Senior Leaving Certificate Examination (including Day School Certificate (Higher) General paper), 1946
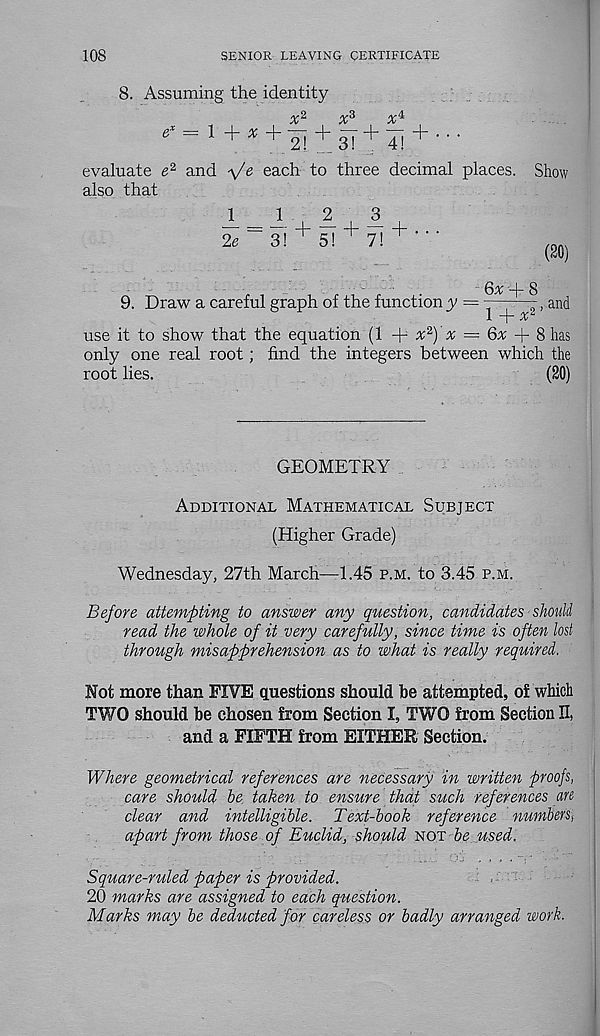
108
SENIOR LEAVING CERTIFICATE
8. Assuming the identity
x 2
x 3
x i
1 + * + 2"! + 3! + 4! + ‘ "
evaluate e 2 and
each to three decimal places. Show
also that
3
+ . . .
(20)
1 = 1 m 1 ,
2e
3! ^ 5!
7!
6,v8
9. Draw a careful graph of the function y = ---
2 , and
1 j - X
use it to show that the equation (1 + ^2) A = 6^ + 8 has
only one real root; find the integers between which the
root lies.
(20)
GEOMETRY
Additional Mathematical Subject
(Higher Grade)
Wednesday, 27th March—-1.45 p.m. to 3.45 p.m.
Before attempting to answer any question, candidates should
read the whole of it very carefully, since time is often lost
through misapprehension as to what is really required.
Not more than FIVE questions should be attempted, of which
TWO should be chosen from Section I, TWO from Section II,
and a FIFTH from EITHER Section.
Where geometrical references are necessary in written proofs,
care should he taken to ensure that such references an
clear and intelligible. Text-hook reference numbers,
apart from those of Euclid, should not
used.
Square-ruled paper is provided.
20 marks are assigned to each qytestion.
Marks may he deducted for careless or badly arranged work.